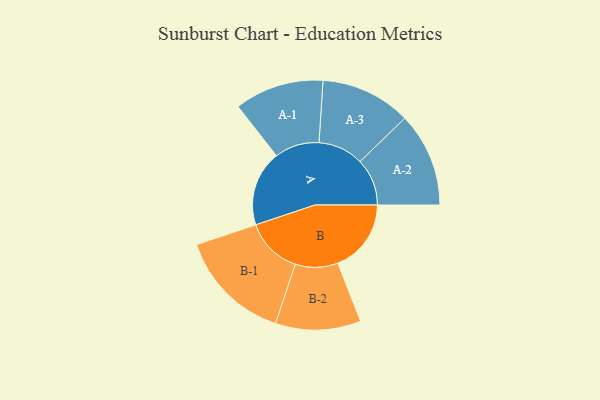
{"axis": {"x": "Segment", "y": "Value"}, "legend": ["", "A", "B"], "data": [{"x": "A", "y": 373, "type": ""}, {"x": "B", "y": 363, "type": ""}, {"x": "A-1", "y": 221, "type": "A"}, {"x": "A-2", "y": 233, "type": "A"}, {"x": "A-3", "y": 224, "type": "A"}, {"x": "B-1", "y": 281, "type": "B"}, {"x": "B-2", "y": 211, "type": "B"}]}